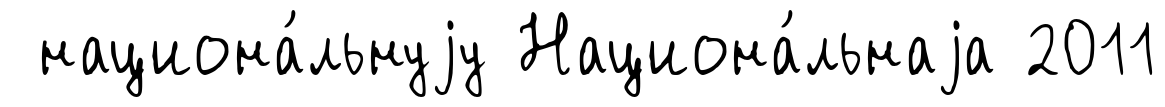
национа́льнуjу Национа́льнаjа 2011